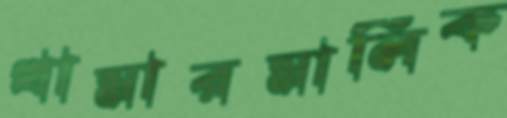
খামারমালিক